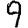
Digit: 9